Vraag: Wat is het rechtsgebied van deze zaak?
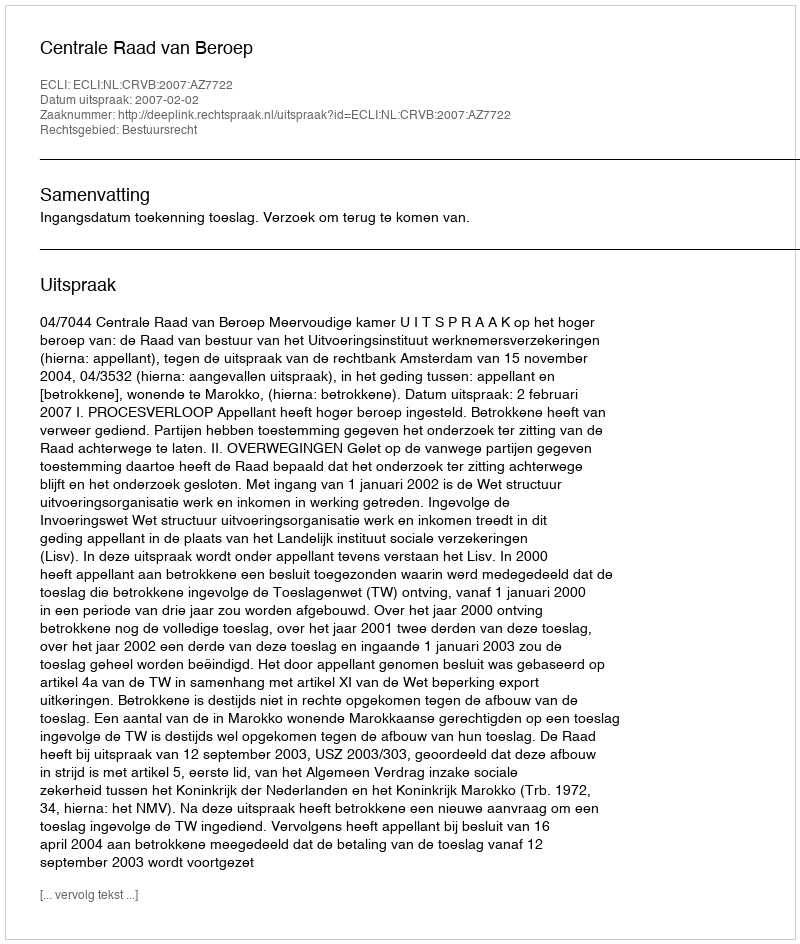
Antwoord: Bestuursrecht